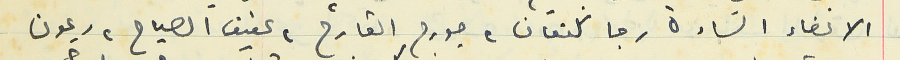
الاعضاء السادة رجا كنعان، جورج القارح ، عفيف الصياح، ريمون